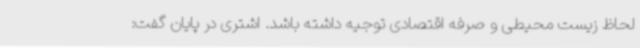
لحاظ زیست محیطی و صرفه اقتصادی توجیه داشته باشد. اشتری در پایان گفت: